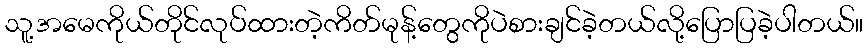
သူ့အမေကိုယ်တိုင်လုပ်ထားတဲ့ကိတ်မုန့်တွေကိုပဲစားချင်ခဲ့တယ်လို့ပြောပြခဲ့ပါတယ်။